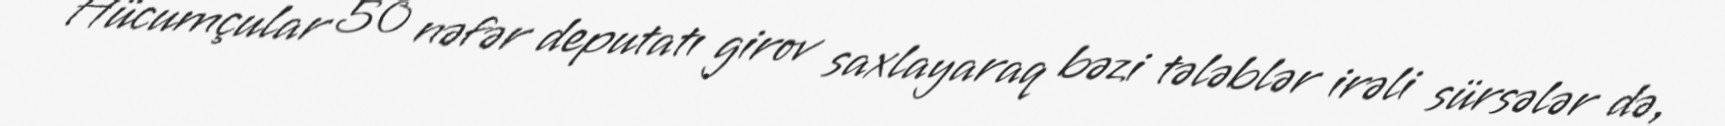
Hücumçular 50 nəfər deputatı girov saxlayaraq bəzi tələblər irəli sürsələr də,